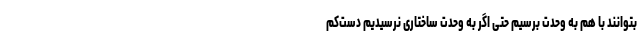
بتوانند با هم به وحدت برسیم حتی اگر به وحدت ساختاری نرسیدیم دست‌کم